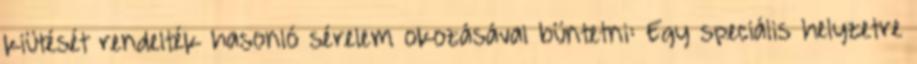
kiütését rendelték hasonló sérelem okozásával büntetni: Egy speciális helyzetre